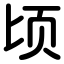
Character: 顷